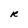
Character: R